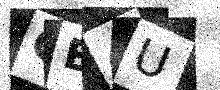
Text: QE4U